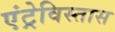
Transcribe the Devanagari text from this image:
एंट्रेविस्तास